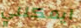
ايمكنني